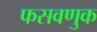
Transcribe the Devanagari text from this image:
फसवणुक